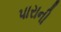
પારાની